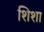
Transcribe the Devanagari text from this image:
शिशा